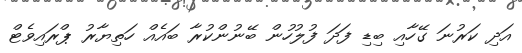
އަދި ކަރުނަ ގޭހާއި ބިޑި ފަދަ ފުލުހުން ބޭނުންކުރާ ބައެއް ހަތިޔާރު ޕްރައިވެޓް